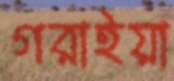
গরাইয়া